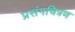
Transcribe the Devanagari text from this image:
प्रसंगचित्रण